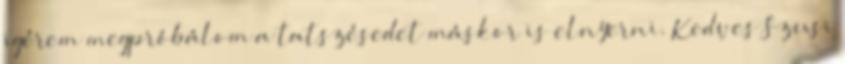
igérem megpróbálom a tatszésedet máskor is elnyerni. Kedves Szusi